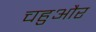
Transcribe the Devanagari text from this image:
चहुऔर